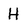
Character: H